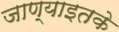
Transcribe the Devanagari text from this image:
जाण्याइतके